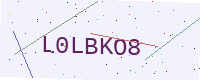
Text: L0LBKO8